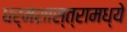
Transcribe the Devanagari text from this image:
धर्मशास्त्रामध्ये